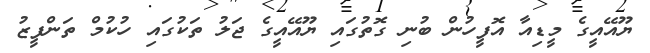
ޔޫއޭއީގެ މީޑިއާ އޮފީހުން ބުނި ގޮތުގައި ޔޫއޭއީގެ ޖަލު ތަކުގައި ހުކުމް ތަންފީޒު